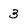
Character: 3